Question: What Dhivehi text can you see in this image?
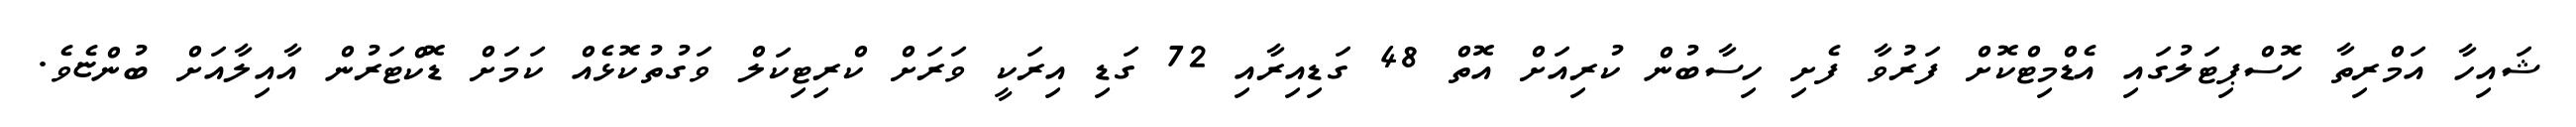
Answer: ޝައިހާ އަމްރިތާ ހޮސްޕިޓަލުގައި އެޑްމިޓްކޮށް ފަރުވާ ފެށި ހިސާބުން ކުރިއަށް އޮތް 48 ގަޑިއިރާއި 72 ގަޑި އިރަކީ ވަރަށް ކްރިޓިކަލް ވަގުތުކޮޅެއް ކަމަށް ޑޮކްޓަރުން އާއިލާއަށް ބުންޏެވެ.